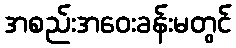
အစည်းအဝေးခန်းမတွင်